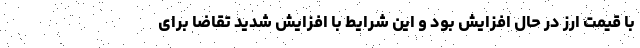
با قیمت ارز در حال افزایش بود و این شرایط با افزایش شدید تقاضا برای